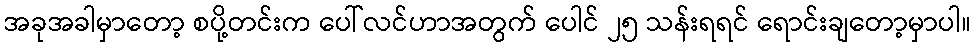
အခုအခါမှာတော့ စပို့တင်းက ပေါ်လင်ဟာအတွက် ပေါင် ၂၅ သန်းရရင် ရောင်းချတော့မှာပါ။